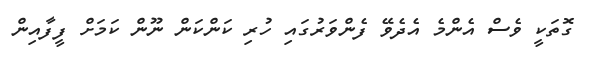
ގޮތަކީ ވެސް އެންމެ އެދެވޭ ފެންވަރުގައި ހުރި ކަންކަން ނޫން ކަމަށް ފީފާއިން